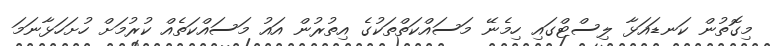
މިގޮތުން ކަނޑައަޅާ ލިސްޓްގައި ހިމެނޭ މަސައްކަތްތަކުގެ އިތުރުން އައު މަސައްކަތެއް ކުރުމަށް ހުށަހަޅާނަމަ